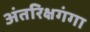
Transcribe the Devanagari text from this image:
अंतरिक्षगंगा